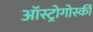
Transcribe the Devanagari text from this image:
ऑस्ट्रोगोर्स्की